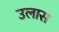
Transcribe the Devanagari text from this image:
उलास